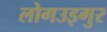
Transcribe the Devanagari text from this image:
लोगउइगुर